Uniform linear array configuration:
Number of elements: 8
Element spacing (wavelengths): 0.75
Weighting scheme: kaiser
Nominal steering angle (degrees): -45
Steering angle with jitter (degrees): -45.725
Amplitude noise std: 0.05
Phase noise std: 0.05

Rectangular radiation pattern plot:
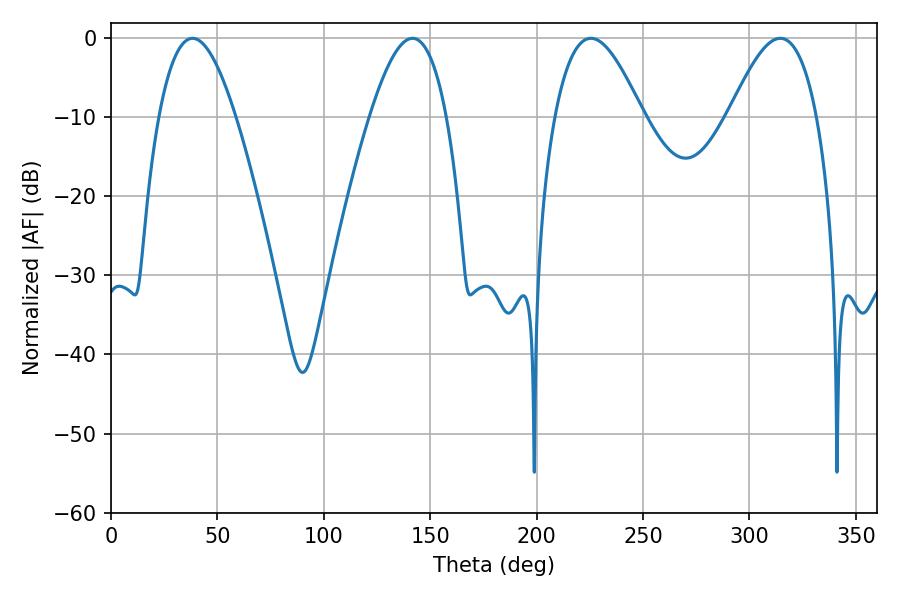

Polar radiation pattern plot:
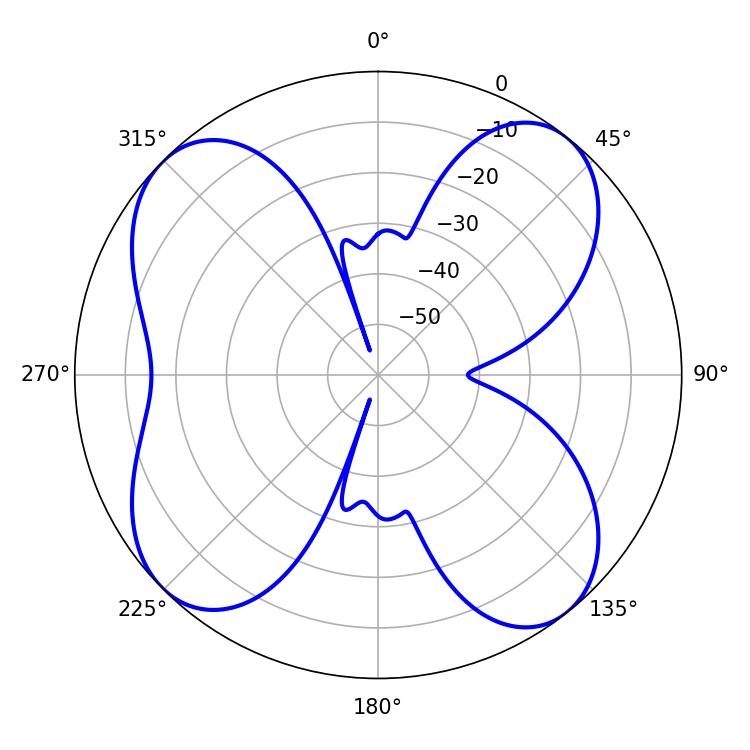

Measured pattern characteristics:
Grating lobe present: TRUE
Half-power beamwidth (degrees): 19.62
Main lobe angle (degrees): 38.34